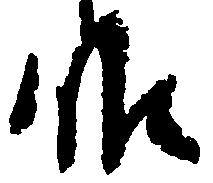
候